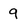
Character: 9